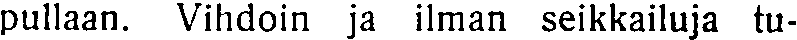
pullaan. Vihdoin ja ilman seikkailuja tu-